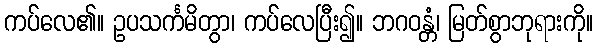
ကပ်လေ၏။ ဥပသင်္ကမိတွာ၊ ကပ်လေပြီး၍။ ဘဂဝန္တံ၊ မြတ်စွာဘုရားကို။